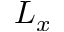
L _ { x }